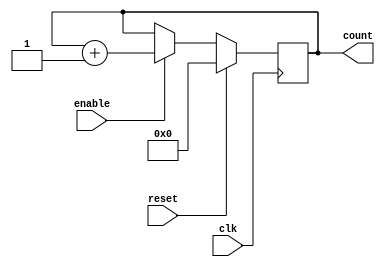
module gray_code_counter (
    input wire clk,
    input wire enable,
    input wire reset,
    output reg [N-1:0] count
);

parameter N = 4; // Number of bits in the Gray code counter

always @(posedge clk) begin
    if (reset) begin
        count <= 0;
    end else if (enable) begin
        count <= count + 1;
    end
end

endmodule